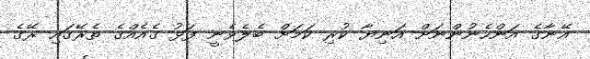
އޭނާގެ އަންހެނުންނަށް އަނިޔާ ކުރި ކަމަށް ބެލެވެނީ ފަޅު ގެއެއްގެ ތެރޭގައި ރޭގެ